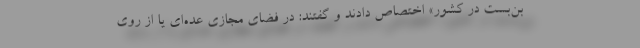
بن‌بست در کشور» اختصاص دادند و گفتند: در فضای مجازی عده‌ای یا از روی